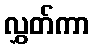
လွှတ်ကာ